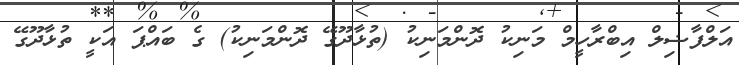
އަލްފާޟިލް އިބްރާހީމް މަނިކު ދޮންމަނިކު (ތުޅާދޫގޭ ދޮންމަނިކު) ގެ ބައްޕަ އަކީ ތުޅާދޫގޭ